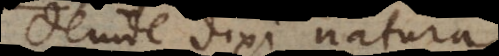
nde dixi natura